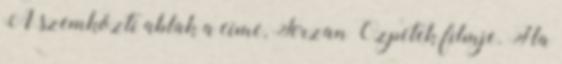
A szemközti ablak a címe, Ferzan Ozpetek filmje. Ha